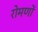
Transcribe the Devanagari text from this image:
रोमणों